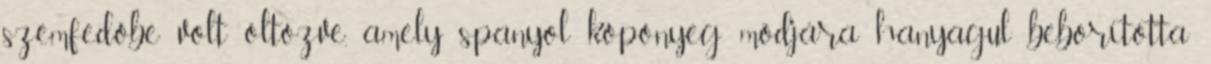
szemfedőbe volt öltözve, amely spanyol köpönyeg módjára hanyagul beborította